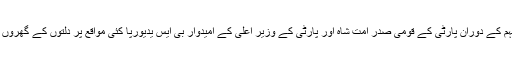
کرناٹک میں انتخابی مہم کے دوران پارٹی کے قومی صدر امت شاہ اور پارٹی کے وزیر اعلی کے امیدوار بی ایس یدیورپا کئی مواقع پر دلتوں کے گھروں کا دورہ کر چکے ہیں۔